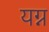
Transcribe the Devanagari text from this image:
यग्न